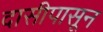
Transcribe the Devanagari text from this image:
दासीपासून